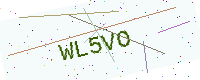
Text: WL5VO